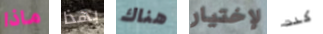
ماذا بهذا هناك لإختيار كنت